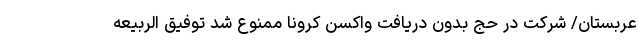
عربستان/ شرکت در حج بدون دریافت واکسن کرونا ممنوع شد توفیق الربیعه